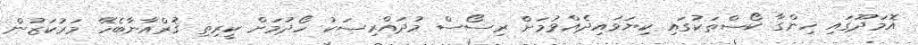
އޮމަދޫގައި ހިންގާ ކޯސްތަކުގައި ކިޔަވައިދެއްވުމަށް ރިސޯސް މުދައްރިސަކު ހޯދުމަށް ކީރިތި ޤުރްއާނާބެހޭ މަރުކަޒުން